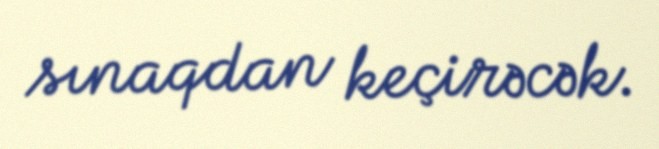
sınaqdan keçirəcək.